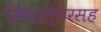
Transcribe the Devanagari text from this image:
जिब्राल्टरसह